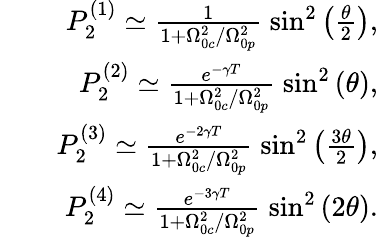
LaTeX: \begin{array}{rlr}&{}&{P_{2}^{(1)}\simeq\frac{1}{1+\Omega_{0c}^{2}/\Omega_{0p}^{2}}\; \sin^{2}\left(\frac{\theta}{2}\right),}\\ &{}&{P_{2}^{(2)}\simeq\frac{e^{-\gamma T}}{1+\Omega_{0c}^{2}/\Omega_{0p}^{2}}\; \sin^{2}\left(\theta\right),}\\ &{}&{P_{2}^{(3)}\simeq\frac{e^{-2\gamma T}}{1+\Omega_{0c}^{2}/\Omega_{0p}^{2}}\; \sin^{2}\left(\frac{3\theta}{2}\right),}\\ &{}&{P_{2}^{(4)}\simeq\frac{e^{-3\gamma T}}{1+\Omega_{0c}^{2}/\Omega_{0p}^{2}}\; \sin^{2}\left(2\theta\right).}\end{array}